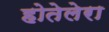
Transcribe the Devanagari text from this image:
होतेलेरा